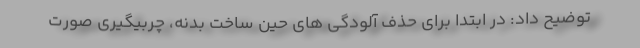
توضیح داد: در ابتدا برای حذف آلودگی های حین ساخت بدنه، چربیگیری صورت